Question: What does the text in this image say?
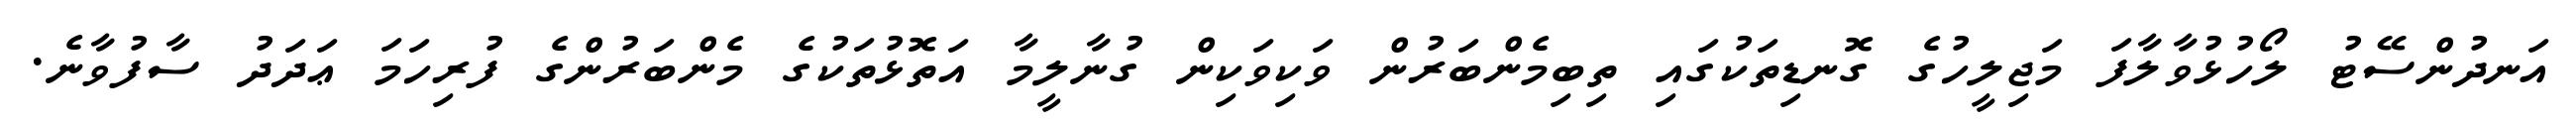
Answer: އަނދުންސޭޓު ލޯހުޅުވާލާފަ މަޖިލީހުގެ ގޮނޑިތަކުގައި ތިބިމެންބަރުން ވަކިވަކިން ގުނާލީމާ އަތޮޅުތަކުގެ މެންބަރުންގެ ފުރިހަމަ ޢަދަދު ސާފުވާނެ.